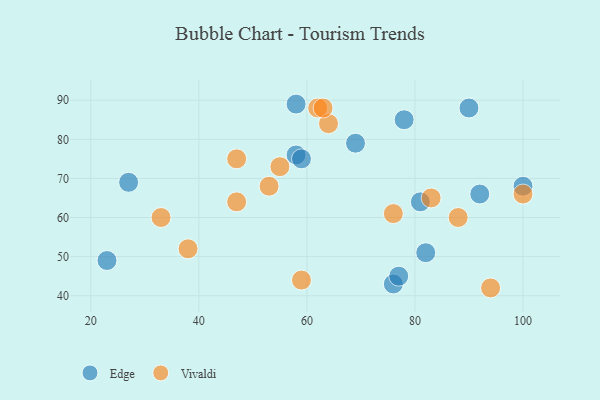
{"axis": {"x": "GDP", "y": "Life Expectancy"}, "legend": ["Edge", "Vivaldi"], "data": [{"x": "76", "y": 43, "type": "Edge"}, {"x": "82", "y": 51, "type": "Edge"}, {"x": "27", "y": 69, "type": "Edge"}, {"x": "58", "y": 89, "type": "Edge"}, {"x": "58", "y": 76, "type": "Edge"}, {"x": "92", "y": 66, "type": "Edge"}, {"x": "100", "y": 68, "type": "Edge"}, {"x": "69", "y": 79, "type": "Edge"}, {"x": "59", "y": 75, "type": "Edge"}, {"x": "77", "y": 45, "type": "Edge"}, {"x": "78", "y": 85, "type": "Edge"}, {"x": "81", "y": 64, "type": "Edge"}, {"x": "23", "y": 49, "type": "Edge"}, {"x": "90", "y": 88, "type": "Edge"}, {"x": "94", "y": 42, "type": "Vivaldi"}, {"x": "62", "y": 88, "type": "Vivaldi"}, {"x": "47", "y": 64, "type": "Vivaldi"}, {"x": "76", "y": 61, "type": "Vivaldi"}, {"x": "33", "y": 60, "type": "Vivaldi"}, {"x": "55", "y": 73, "type": "Vivaldi"}, {"x": "64", "y": 84, "type": "Vivaldi"}, {"x": "83", "y": 65, "type": "Vivaldi"}, {"x": "88", "y": 60, "type": "Vivaldi"}, {"x": "47", "y": 75, "type": "Vivaldi"}, {"x": "53", "y": 68, "type": "Vivaldi"}, {"x": "38", "y": 52, "type": "Vivaldi"}, {"x": "59", "y": 44, "type": "Vivaldi"}, {"x": "100", "y": 66, "type": "Vivaldi"}, {"x": "63", "y": 88, "type": "Vivaldi"}]}